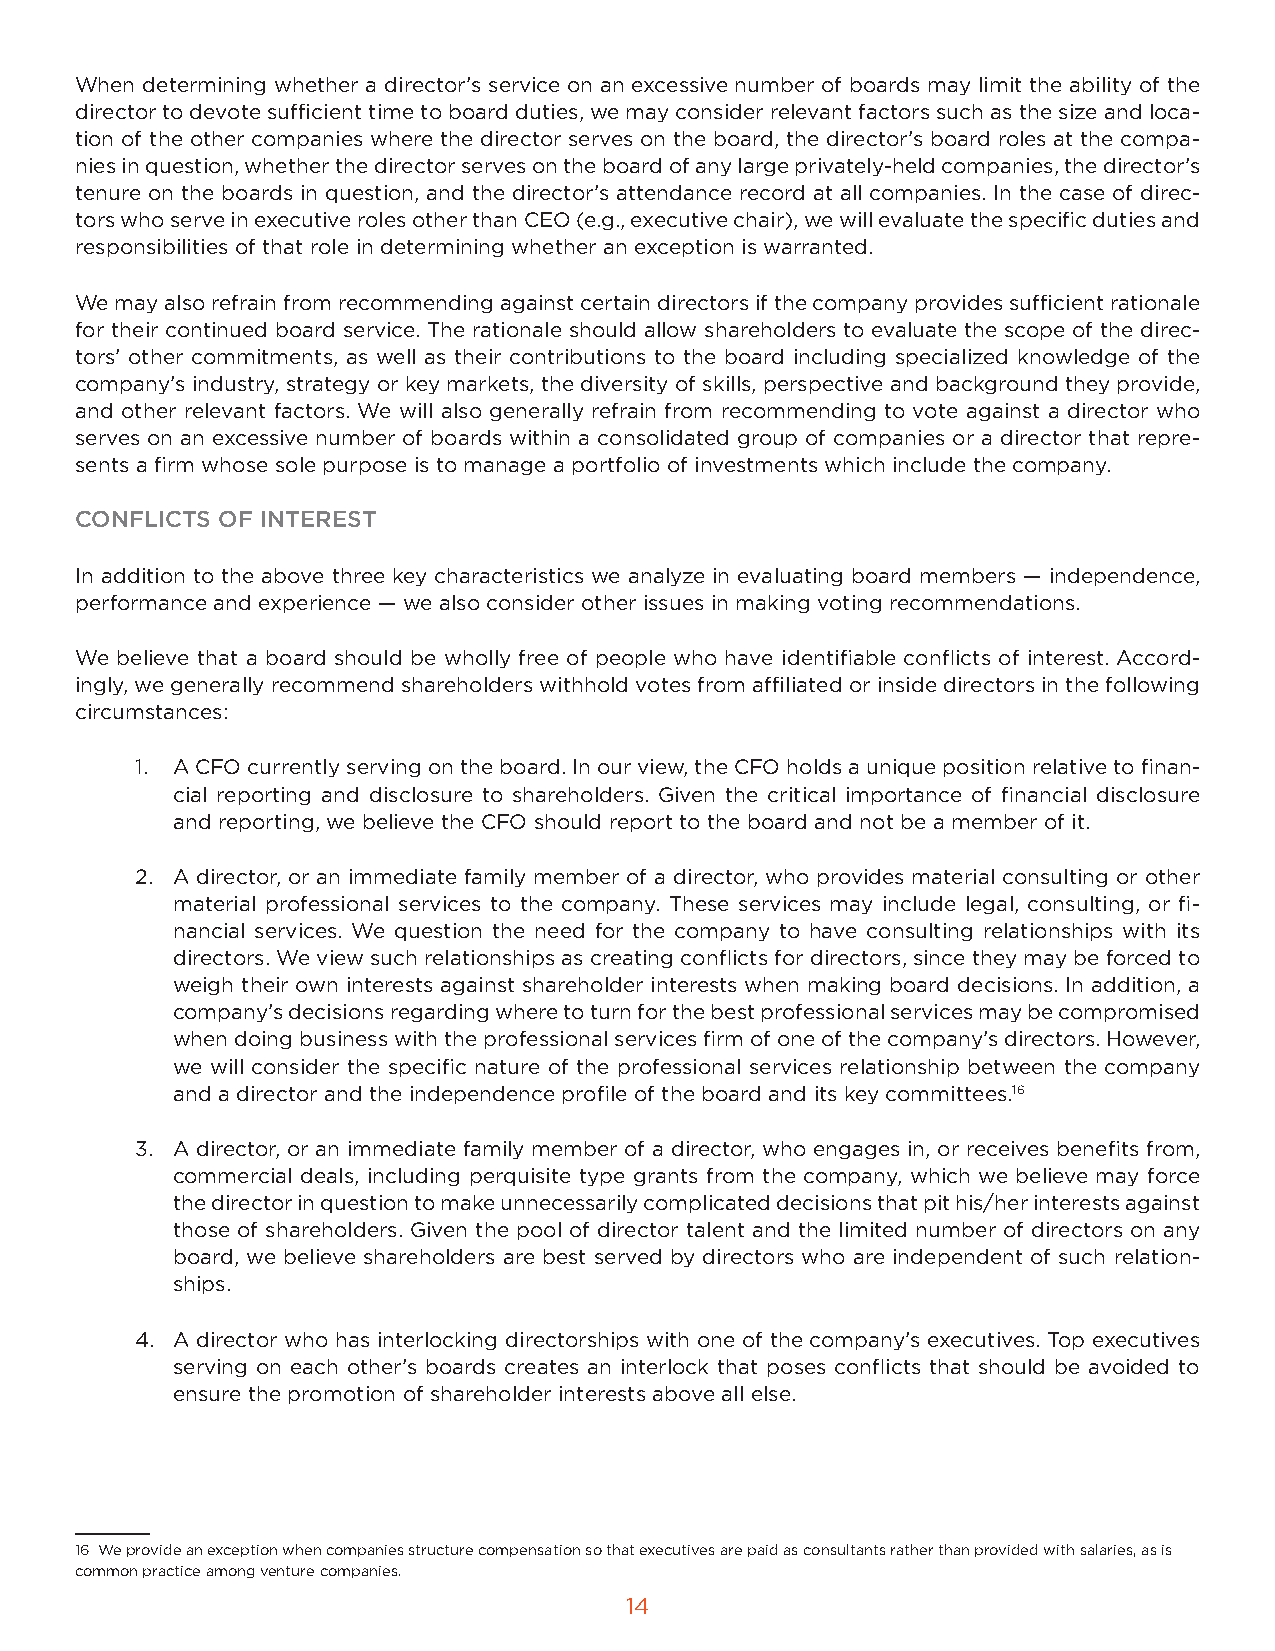
When determining whether a director’s service on an excessive number of boards may limit the ability of the
 director to devote sufficient time to board duties, we may consider relevant factors such as the size and loca-
 tion of the other companies where the director serves on the board, the director’s board roles at the compa-
 nies in question, whether the director serves on the board of any large privately-held companies, the director’s
 tenure on the boards in question, and the director’s attendance record at all companies. In the case of direc-
 tors who serve in executive roles other than CEO (e.g., executive chair), we will evaluate the specific duties and
 responsibilities of that role in determining whether an exception is warranted.
 We may also refrain from recommending against certain directors if the company provides sufficient rationale
 for their continued board service. The rationale should allow shareholders to evaluate the scope of the direc-
 tors’ other commitments, as well as their contributions to the board including specialized knowledge of the
 company’s industry, strategy or key markets, the diversity of skills, perspective and background they provide,
 and other relevant factors. We will also generally refrain from recommending to vote against a director who
 serves on an excessive number of boards within a consolidated group of companies or a director that repre-
 sents a firm whose sole purpose is to manage a portfolio of investments which include the company.
 CONFLICTS OF INTEREST
 In addition to the above three key characteristics we analyze in evaluating board members — independence,
 performance and experience — we also consider other issues in making voting recommendations.
 We believe that a board should be wholly free of people who have identifiable conflicts of interest. Accord-
 ingly, we generally recommend shareholders withhold votes from affiliated or inside directors in the following
 circumstances:
 1. A CFO currently serving on the board. In our view, the CFO holds a unique position relative to finan-
 cial reporting and disclosure to shareholders. Given the critical importance of financial disclosure
 and reporting, we believe the CFO should report to the board and not be a member of it.
 2. A director, or an immediate family member of a director, who provides material consulting or other
 material professional services to the company. These services may include legal, consulting, or fi-
 nancial services. We question the need for the company to have consulting relationships with its
 directors. We view such relationships as creating conflicts for directors, since they may be forced to
 weigh their own interests against shareholder interests when making board decisions. In addition, a
 company’s decisions regarding where to turn for the best professional services may be compromised
 when doing business with the professional services firm of one of the company’s directors. However,
 we will consider the specific nature of the professional services relationship between the company
 and a director and the independence profile of the board and its key committees.16
 3. A director, or an immediate family member of a director, who engages in, or receives benefits from,
 commercial deals, including perquisite type grants from the company, which we believe may force
 the director in question to make unnecessarily complicated decisions that pit his/her interests against
 those of shareholders. Given the pool of director talent and the limited number of directors on any
 board, we believe shareholders are best served by directors who are independent of such relation-
 ships.
 4. A director who has interlocking directorships with one of the company’s executives. Top executives
 serving on each other’s boards creates an interlock that poses conflicts that should be avoided to
 ensure the promotion of shareholder interests above all else.
 16 We provide an exception when companies structure compensation so that executives are paid as consultants rather than provided with salaries, as is
 common practice among venture companies.
 14